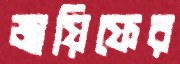
জায়িফের